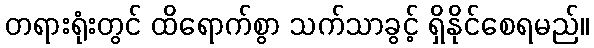
တရားရုံးတွင် ထိရောက်စွာ သက်သာခွင့် ရှိနိုင်စေရမည်။